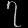
Digit: ၇